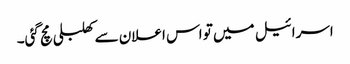
اسرائیل میں تو اس اعلان سے کھلبلی مچ گئی۔